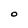
Character: O